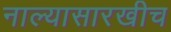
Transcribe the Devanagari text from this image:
नाल्यासारखीच